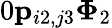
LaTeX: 0\le p_{i2,j3}\le\Phi_{2}